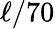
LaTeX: \ell/70